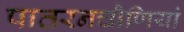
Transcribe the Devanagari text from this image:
पातरनचौणियां